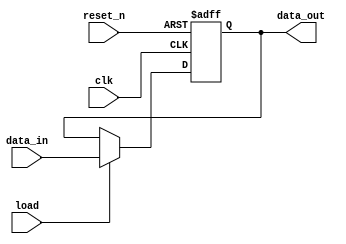
module parallel_load_register (
    input wire clk,
    input wire reset_n, // Active low reset
    input wire load,
    input wire [3:0] data_in,
    output reg [3:0] data_out
);

always @(posedge clk or negedge reset_n) begin
    if (!reset_n) begin // If reset is low (active)
        data_out <= 4'b0000; // Clear the register
    end 
    else if (load) begin
        data_out <= data_in; // Load the input into the register
    end
end

endmodule